Source: Handwritten
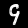
Digit: ၄ (4)